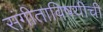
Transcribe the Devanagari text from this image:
संगीताविषयीची